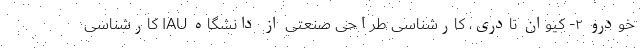
خودرو ۲- کیوان نادری، کارشناسی طراحی صنعتی از دانشگاه IAU کارشناسی